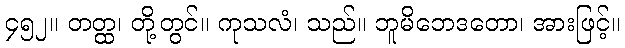
၄၅၂။ တတ္ထ၊ တို့တွင်။ ကုသလံ၊ သည်။ ဘူမိဘေဒတော၊ အားဖြင့်။